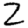
Digit: 2